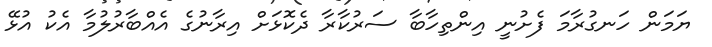
ޔަމަން ހަނގުރާމަ ފެށުނީ އިންތިހާބާ ސަރުކާރާ ދެކޮޅަށް އިރާނުގެ އެއްބާރުލުމާ އެކު އުޅޭ